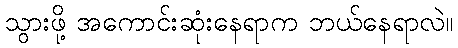
သွားဖို့ အကောင်းဆုံးနေရာက ဘယ်နေရာလဲ။